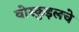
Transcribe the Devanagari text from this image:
वोस्कुइलचे